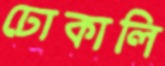
ঢোকালি